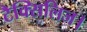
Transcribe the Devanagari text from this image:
टैक्सिलिज।